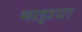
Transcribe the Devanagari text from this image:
माझया